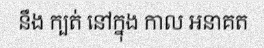
នឹង ក្បត់ នៅក្នុង កាល អនាគត